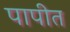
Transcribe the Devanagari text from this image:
पापीत